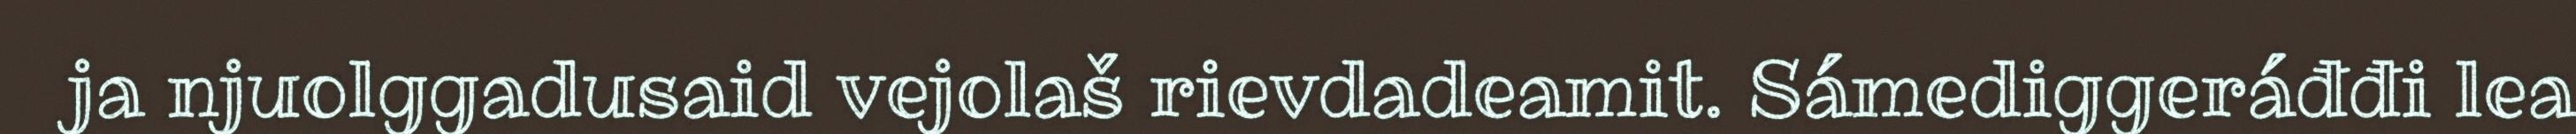
ja njuolggadusaid vejolaš rievdadeamit. Sámediggeráđđi lea